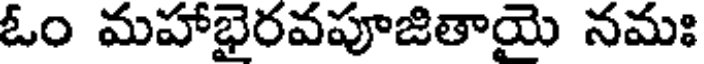
ఓం మహాభైరవపూజితాయై నమః